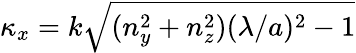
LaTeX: \kappa_{x}=k\sqrt{(n_{y}^{2}+n_{z}^{2})(\lambda/a)^{2}-1}